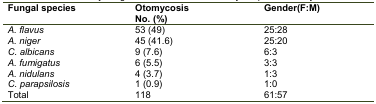
<table><thead><tr><td><b>Fungal species</b></td><td><b>Otomycosis No. (%)</b></td><td><b>Gender (F:M)</b></td></tr></thead><tbody><tr><td><i>A. flavus</i></td><td>53 (49)</td><td>25:28</td></tr><tr><td><i>A. niger</i></td><td>45 (41.6)</td><td>25:20</td></tr><tr><td><i>C. albicans</i></td><td>9 (7.6)</td><td>6:3</td></tr><tr><td><i>A. fumigatus</i></td><td>6 (5.5)</td><td>3:3</td></tr><tr><td><i>A. nidulans</i></td><td>4 (3.7)</td><td>1:3</td></tr><tr><td><i>C. parapsilosis</i></td><td>1 (0.9)</td><td>1:0</td></tr><tr><td>Total</td><td>118</td><td>61:57</td></tr></tbody></table>